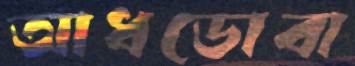
আধডোবা